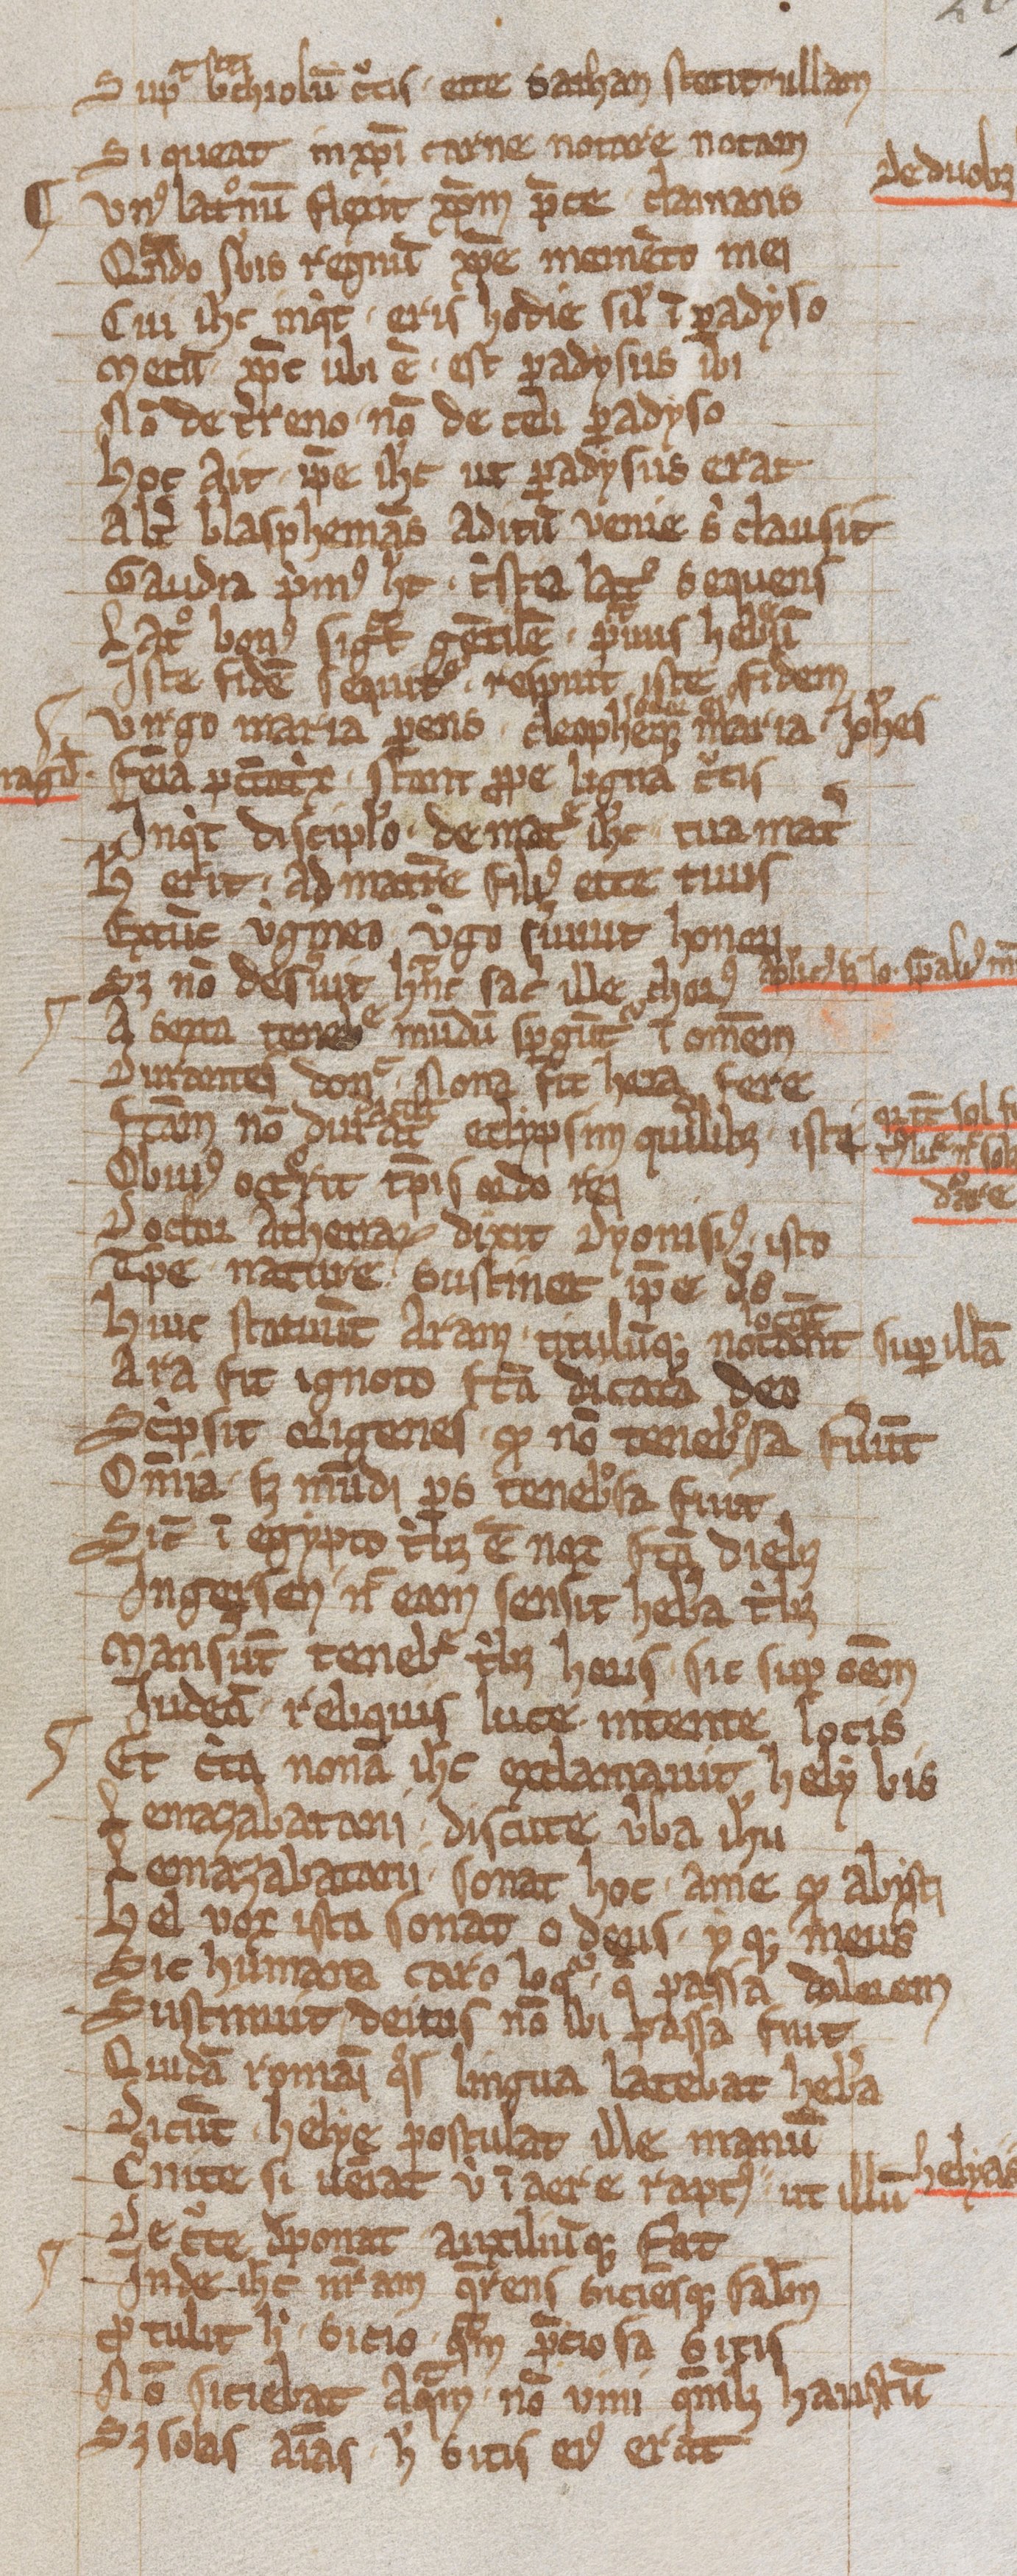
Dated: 1203–1203